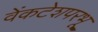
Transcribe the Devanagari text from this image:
वेंकटेशपरभू